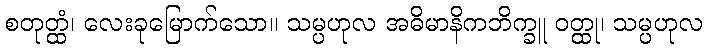
စတုတ္ထံ၊ လေးခုမြောက်သော။ သမ္ပဟုလ အဓိမာနိကဘိက္ခူ ဝတ္ထု၊ သမ္ပဟုလ